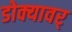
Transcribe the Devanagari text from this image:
डोक्यावर्